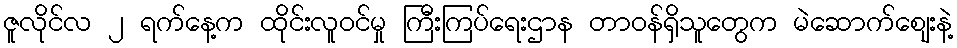
ဇူလိုင်လ ၂ ရက်နေ့က ထိုင်းလူ၀င်မှု ကြီးကြပ်ရေးဌာန တာ၀န်ရှိသူတွေက မဲဆောက်စျေးနဲ့